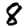
Digit: 8